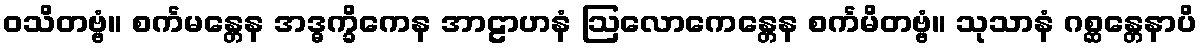
ဝသိတဗ္ဗံ။ စင်္ကမန္တေန အဒ္ဓက္ခိကေန အာဠာဟနံ ဩလောကေန္တေန စင်္ကမိတဗ္ဗံ။ သုသာနံ ဂစ္ဆန္တေနာပိ